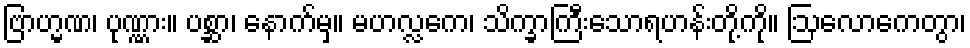
ဗြာဟ္မဏ၊ ပုဏ္ဏား။ ပစ္ဆာ၊ နောက်မှ။ မဟလ္လကေ၊ သိက္ခာကြီးသောရဟန်းတို့ကို။ ဩလောကေတွာ၊